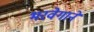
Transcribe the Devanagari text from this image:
भरवेगाने